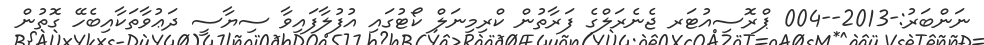
ނަންބަރު:-2013--004 ޕްރޮސިއުޓަރ ޖެނެރަލްގެ ފަރާތުން ކްރިމިނަލް ކޯޓުގައި އުފުލާފައިވާ ސިޔާސީ ދަޢުވާތަކާއިބެހޭ ގޮތުން